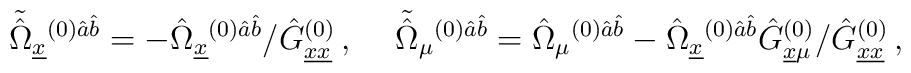
\tilde{\hat{\Omega}}_{\underline{x}}{}^{(0)\hat{a}\hat{b}} =-\hat{\Omega}_{\underline{x}}{}^{(0)\hat{a}\hat{b}} /\hat{G}_{\underline{xx}}^{(0)}\, ,\hspace{.5cm}\tilde{\hat{\Omega}}_{\mu}{}^{(0)\hat{a}\hat{b}} =\hat{\Omega}_{\mu}{}^{(0)\hat{a}\hat{b}}-\hat{\Omega}_{\underline{x}}{}^{(0)\hat{a}\hat{b}}\hat{G}_{\underline{x}\mu}^{(0)}/\hat{G}^{(0)}_{\underline{xx}}\, ,